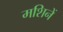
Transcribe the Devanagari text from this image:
मशिनें